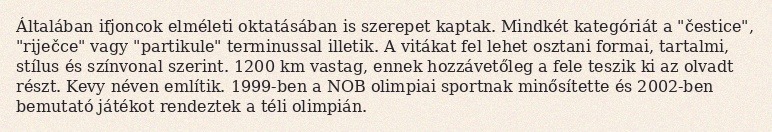
Általában ifjoncok elméleti oktatásában is szerepet kaptak. Mindkét kategóriát a "čestice", "riječce" vagy "partikule" terminussal illetik. A vitákat fel lehet osztani formai, tartalmi, stílus és színvonal szerint. 1200 km vastag, ennek hozzávetőleg a fele teszik ki az olvadt részt. Kevy néven említik. 1999-ben a NOB olimpiai sportnak minősítette és 2002-ben bemutató játékot rendeztek a téli olimpián.